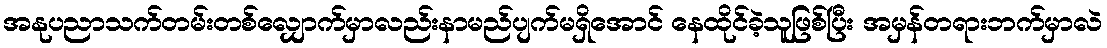
အနုပညာသက်တမ်းတစ်လျှောက်မှာလည်းနာမည်ပျက်မရှိအောင် နေထိုင်ခဲ့သူဖြစ်ပြီး အမှန်တရားဘက်မှာလဲ